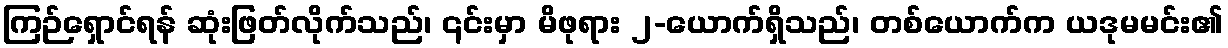
ကြဉ်ရှောင်ရန် ဆုံးဖြတ်လိုက်သည်၊ ၎င်းမှာ မိဖုရား ၂-ယောက်ရှိသည်၊ တစ်ယောက်က ယဒုမမင်း၏